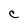
Character: C